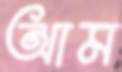
আম